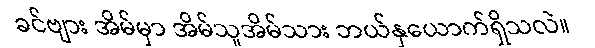
ခင်ဗျား အိမ်မှာ အိမ်သူအိမ်သား ဘယ်နှယောက်ရှိသလဲ။